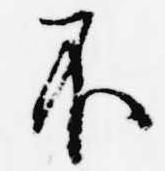
不